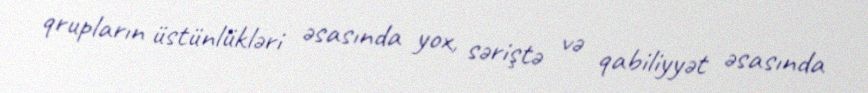
qrupların üstünlükləri əsasında yox, səriştə və qabiliyyət əsasında